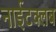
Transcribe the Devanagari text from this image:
नाईटक्लब